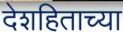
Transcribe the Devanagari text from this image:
देशहिताच्या